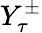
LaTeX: Y_{\tau}^{\pm}